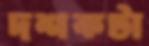
দশকটা